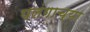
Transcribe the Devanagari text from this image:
पलंगाच्या